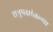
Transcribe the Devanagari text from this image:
शत्रूपक्षांतल्या